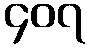
၄၀၇